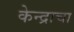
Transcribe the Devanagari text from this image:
केन्द्राचा